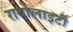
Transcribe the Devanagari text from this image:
रायोलाइटी